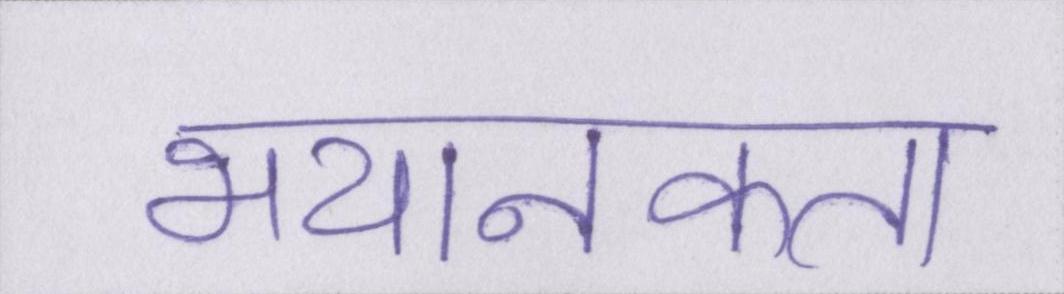
भयानकता